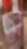
স